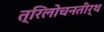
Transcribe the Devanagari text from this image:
त्रिलोचनतीर्थ